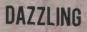
DAZZLING